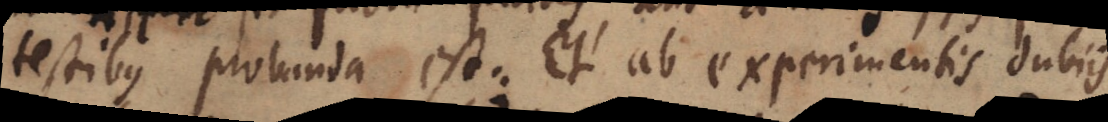
testibus probanda est: Et ab experimentis dubiis